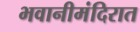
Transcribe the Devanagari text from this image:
भवानीमंदिरात